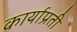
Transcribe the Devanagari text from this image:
कार्याप्रती